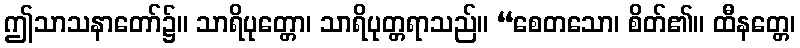
ဤသာသနာတော်၌။ သာရိပုတ္တော၊ သာရိပုတ္တရာသည်။ “စေတသော၊ စိတ်၏။ ထီနတ္တေ၊